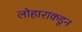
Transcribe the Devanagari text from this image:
लोहाराकडून